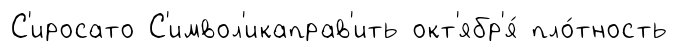
С'иросато С'имвол'икаправ'ить окт'ябр'я́ пло́тность